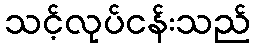
သင့်လုပ်ငန်းသည်